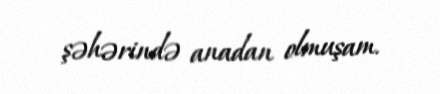
şəhərində anadan olmuşam.